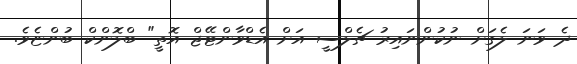
ދެ ވަނަ ލެގަށް ނުކުންނައިރު ޗެލްސީ އަށް އެޑްވާންޓޭޖް އޮތީ" ބްލޮންކް ބުންޏެވެ.